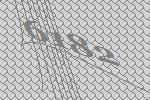
6182